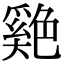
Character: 𦫬